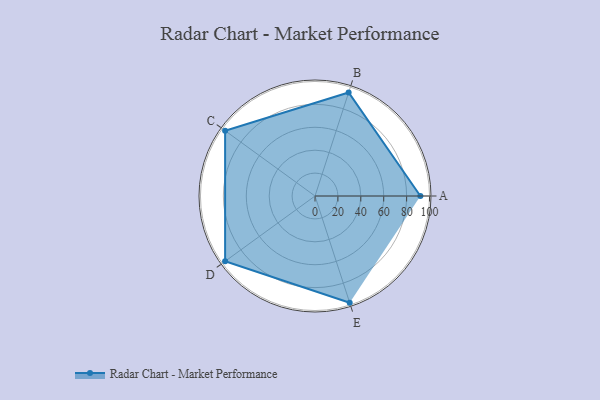
{"axis": {"x": "Skill", "y": "Score"}, "legend": ["Profile"], "data": [{"x": "A", "y": 92.0, "type": "Profile"}, {"x": "B", "y": 95.0, "type": "Profile"}, {"x": "C", "y": 97.0, "type": "Profile"}, {"x": "D", "y": 97.0, "type": "Profile"}, {"x": "E", "y": 98.0, "type": "Profile"}]}